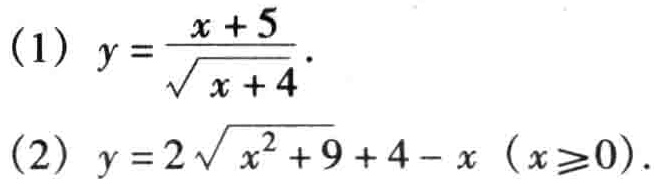
(1) \(y = \frac{x + 5}{\sqrt{x + 4}}\).
(2) \(y = 2\sqrt{x^{2}+9}+4 - x\ (x\geqslant0)\).